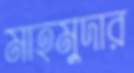
মাহমুদার